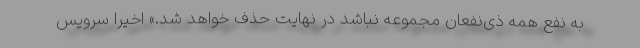
به نفع همه ذی‌نفعان مجموعه نباشد در نهایت حذف خواهد شد.» اخیرا سرویس